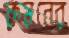
কমনের